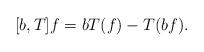
LaTeX: \begin{align*} [b, T] f=b T(f)-T(bf).\end{align*}